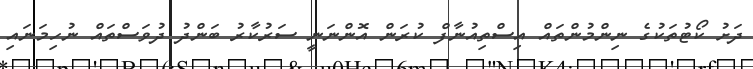
ދަށު ކޯޓުތަކުގެ ނިންމުންތައް އިސްތިއުނާފް ކުރަން އޮންނަނީ ސަރުކާރު ބަންދު ދުވަސްތައް ނުހިމަނައި